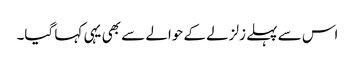
اس سے پہلے زلزلے کے حوالے سے بھی یہی کہا گیا۔